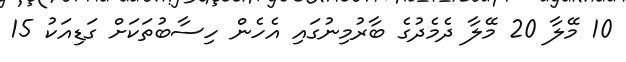
10 މޭލާ 20 މޭލާ ދެމެދުގެ ބާރުމިނުގައި އެހެން ހިސާބުތަކަށް ގަޑިއަކު 15